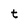
Character: t